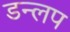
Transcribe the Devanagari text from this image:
डन्लप